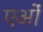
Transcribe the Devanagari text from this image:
एओं